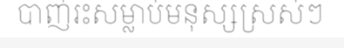
បាញ់រះសម្លាប់មនុស្សស្រស់ៗ